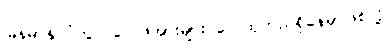
မြန်မာနိုင်ငံတွင် လေဖိအားများ လေထုတည်ရှိနေမှာဖြစ်လို့